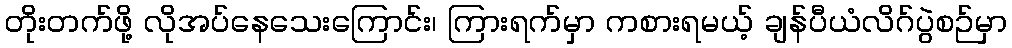
တိုးတက်ဖို့ လိုအပ်နေသေးကြောင်း၊ ကြားရက်မှာ ကစားရမယ့် ချန်ပီယံလိဂ်ပွဲစဉ်မှာ